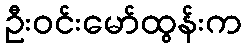
ဦးဝင်းမော်ထွန်းက